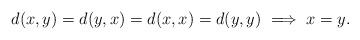
LaTeX: \begin{align*} d(x,y)=d(y,x)=d(x,x)=d(y,y)\implies x=y.\end{align*}